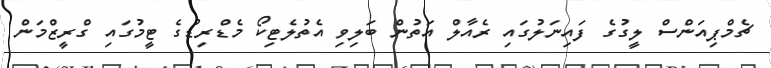
ޗެމްޕިއަންސް ލީގުގެ ފައިނަލުގައި ރެއާލް އަތުން ބަލިވި އެތުލެޓިކޯ މެޑްރިޑުގެ ޓީމުގައި ގްރީޒްމަން